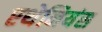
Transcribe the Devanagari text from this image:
एथेनियंस